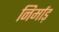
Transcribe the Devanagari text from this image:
निर्माड़